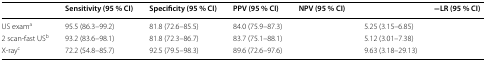
<table><thead><tr><td>[EMPTY_CELL]</td><td><b>Sensitivity (95 % CI)</b></td><td><b>Specificity (95 % CI)</b></td><td><b>PPV (95 % CI)</b></td><td><b>NPV (95 % CI)</b></td><td>[EMPTY_CELL]</td><td><b>−LR (95 % CI)</b></td></tr></thead><tbody><tr><td>US exam<sup>a</sup></td><td>95.5 (86.3–99.2)</td><td>81.8 (72.6–85.5)</td><td>84.0 (75.9–87.3)</td><td>[EMPTY_CELL]</td><td>5.25 (3.15–6.85)</td><td>[EMPTY_CELL]</td></tr><tr><td>2 scan-fast US<sup>b</sup></td><td>93.2 (83.6–98.1)</td><td>81.8 (72.3–86.7)</td><td>83.7 (75.1–88.1)</td><td>[EMPTY_CELL]</td><td>5.12 (3.01–7.38)</td><td>[EMPTY_CELL]</td></tr><tr><td>X-ray<sup>c</sup></td><td>72.2 (54.8–85.7)</td><td>92.5 (79.5–98.3)</td><td>89.6 (72.6–97.6)</td><td>[EMPTY_CELL]</td><td>9.63 (3.18–29.13)</td><td>[EMPTY_CELL]</td></tr></tbody></table>